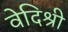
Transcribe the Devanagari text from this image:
वेदिश्री